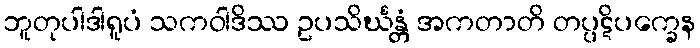
ဘူတုပါဒါရူပံ သကဝါဒိဿ ဥပသိင်္ဃန္တံ အကတာတိ တပ္ပဋိပက္ခေန